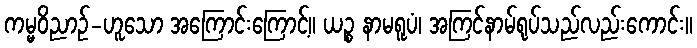
ကမ္မဝိညာဉ်-ဟူသော အကြောင်းကြောင့်။ ယဉ္စ နာမရူပံ၊ အကြင်နာမ်ရုပ်သည်လည်းကောင်း။